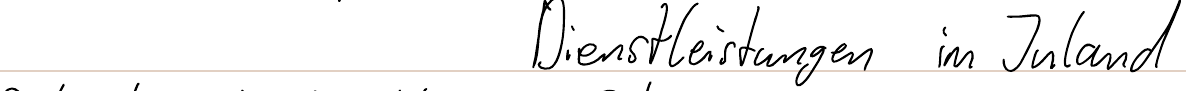
Dienstleistungen im Inland